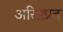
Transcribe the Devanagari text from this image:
अरिष्टप्रद